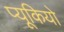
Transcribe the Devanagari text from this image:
प्यूकियो